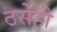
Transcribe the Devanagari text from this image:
ठसेही